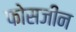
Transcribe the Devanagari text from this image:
फोसजीन